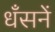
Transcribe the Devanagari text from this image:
धँसनें